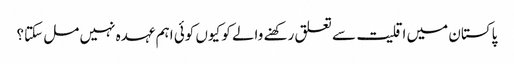
پاکستان میں اقلیت سے تعلق رکھنے والے کو کیوں کوئی اہم عہدہ نہیں مل سکتا؟